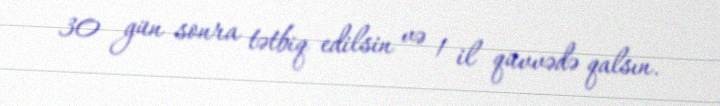
30 gün sonra tətbiq edilsin və 1 il qüvvədə qalsın.